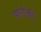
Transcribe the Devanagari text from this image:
जांगांची